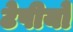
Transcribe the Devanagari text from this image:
टेपीयो